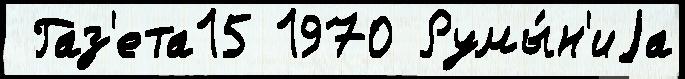
 Газ'ета15 1970 Румы́н'иjа